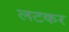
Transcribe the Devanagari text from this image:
लटकर